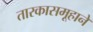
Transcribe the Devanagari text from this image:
तारकासमूहाने